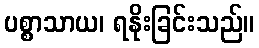
ပစ္စာသာယ၊ ရနိုးခြင်းသည်။